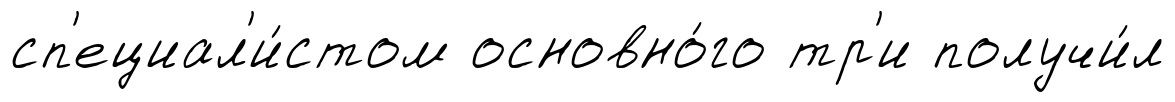
сп'ециал'и́стом основно́го тр'и получи́л